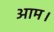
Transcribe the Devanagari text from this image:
आम।